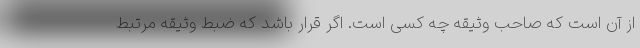
از آن است که صاحب وثیقه چه کسی است. اگر قرار باشد که ضبط وثیقه مرتبط